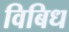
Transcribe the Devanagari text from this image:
विबिध